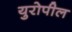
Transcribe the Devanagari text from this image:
युरोपील